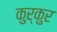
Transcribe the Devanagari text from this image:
कुर्कुर